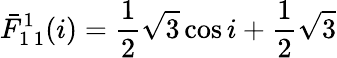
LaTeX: \bar{F}_{1\, 1}^{1}(i)=\frac{1}{2}\sqrt{3}\cos i+\frac{1}{2}\sqrt{3}